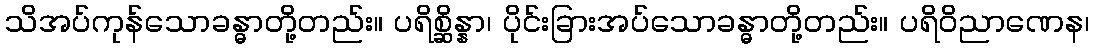
သိအပ်ကုန်သောခန္ဓာတို့တည်း။ ပရိစ္ဆိန္နာ၊ ပိုင်းခြားအပ်သောခန္ဓာတို့တည်း။ ပရိဝိညာဏေန၊